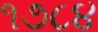
૧૭૮૪